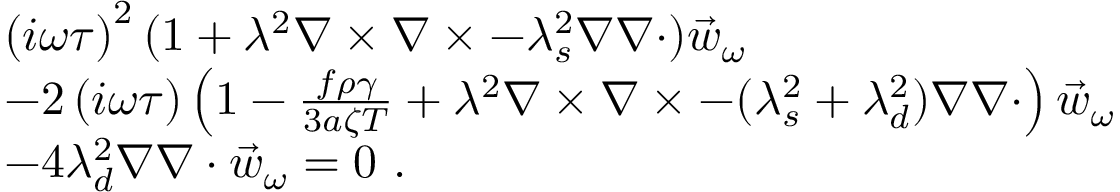
\begin{array} { r l } & { \left( i \omega \tau \right) ^ { 2 } ( 1 + \lambda ^ { 2 } \nabla \times \nabla \times - \lambda _ { s } ^ { 2 } \nabla \nabla \cdot ) \vec { w } _ { \omega } } \\ & { - 2 \left( i \omega \tau \right) \left( 1 - \frac { f \rho \gamma } { 3 a \zeta T } + \lambda ^ { 2 } \nabla \times \nabla \times - ( \lambda _ { s } ^ { 2 } + \lambda _ { d } ^ { 2 } ) \nabla \nabla \cdot \right) \vec { w } _ { \omega } } \\ & { - 4 \lambda _ { d } ^ { 2 } \nabla \nabla \cdot \vec { w } _ { \omega } = 0 \ . } \end{array}